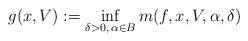
LaTeX: \begin{align*}g(x,V) := \inf_{\delta>0, \, \alpha\in B} m(f,x,V,\alpha,\delta)\end{align*}